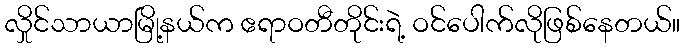
လှိုင်သာယာမြို့နယ်က ဧရာဝတီတိုင်းရဲ့ ဝင်ပေါက်လိုဖြစ်နေတယ်။